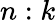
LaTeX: n:k